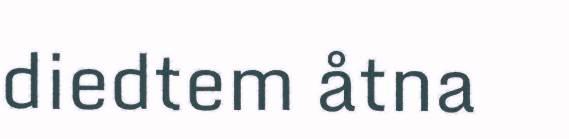
diedtem åtna